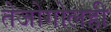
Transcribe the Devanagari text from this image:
तेजोगोलही